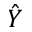
\hat { Y }